Lunatic asylums Central Provinces reports 1910-1926 - 1910-1926
Year: 1910
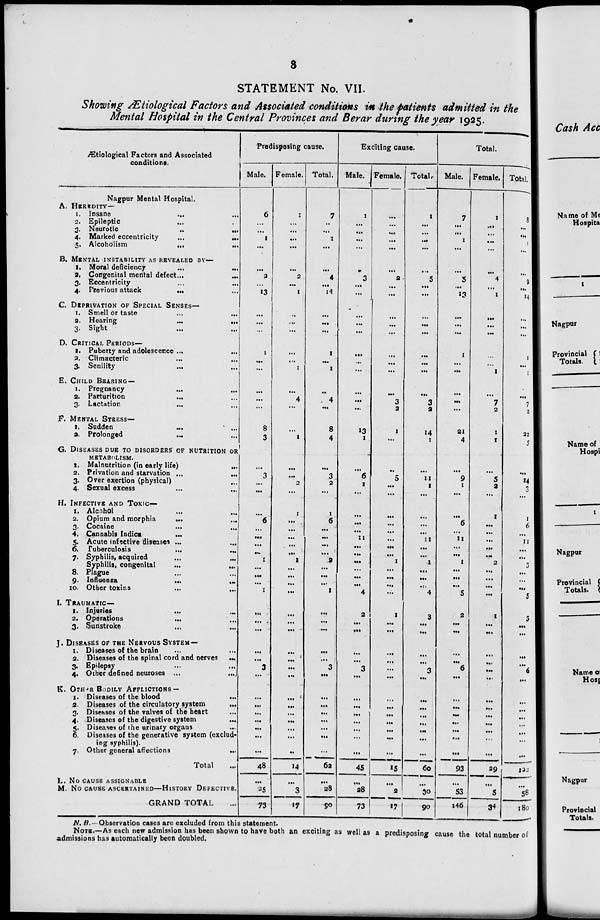
8
STATEMENT No. VII.
Showing Ætiological Factors and Associated conditions in the patients admitted in the
Mental Hospital in the Central Provinces and Berar during the year 1925.
Ætiological Factors and Associated
conditions.
Nagpur Mental Hospital.
A. HEREDITY—
1. Insane
... ...
2. Epileptic ... ...
3. Neurotic ... ...
4. Marked eccentricity ... ...
5. Alcoholism
...
...
B. MENTAL INSTABILITY AS REVEALED BY—
1. Moral deficiency
...
...
2. Congenital mental defect ...
...
3. Eccentricity ... ...
4. Previous attack
...
...
C. DEPRIVATION OF SPECIAL SENSES—
1. Smell or taste ... ...
2. Hearing ... ...
3. Sight ... ...
D. CRITICAL PERIODS—
1. Puberty and adolescence ... ...
2. Climacteric ... ...
3. Senility ... ...
E. CHILD BEARING—
1. Pregnancy ... ...
2. Parturition
... ...
3. Lactation ... ...
F. MENTAL STRESS—
1. Sudden
... ...
2. Prolonged ... ...
G. DISEASES DUE TO DISORDERS OF NUTRITION OR
METABOLISM.
1. Malnutrition (in early life)
...
2. Privation and starvation ...
...
3. Over exertion (physical) ...
4. Sexual excess ... ...
H. INFECTIVE AND TOXIC—
1. Alcohol ... ...
2. Opium and morphia
...
...
3. Cocaine ... ...
4. Cannabis Indica ... ...
5. Acute infective diseases ...
...
6. Tuberculosis
...
...
7. Syphilis, acquired ... ...
Syphilis, congenital
...
...
8. Plague ... ...
9. Influenza
...
...
10. Other toxins ... ...
I. TRAUMATIC—
1. Injuries ... ...
2. Operations ... ...
3. Sunstroke ... ...
J. DISEASES OF THE NERVOUS SYSTEM—
1. Diseases of the brain ... ...
2. Diseases of the spinal cord and nerves
...
3. Epilepsy ... ...
4. Other defined neuroses ... ...
K. OTHER BODILY AFFLICATIONS—
1. Diseases of the blood
...
2. Diseases of the circulatory system
...
3. Diseases of the valves of the heart ...
4. Diseases of the digestive system ...
5. Diseases of the urinary organs ...
6. Diseases of the generative system (exclud-
ing syphilis).
7. Other general affections ...
Total ...
I. No CAUSE ASSIGNABLE
M. No CAUSE ASCERTAINED—HISTORY DEFECTIVE.
GRAND TOTAL ...
Predisposing cause.
Male.
6
...
...
1
...
...
2
...
13
...
...
...
1
...
...
...
...
...
8
3
...
3
...
...
...
6
...
...
...
...
1
...
...
...
1
...
...
...
...
...
3
...
...
...
...
...
...
...
...
48
...
25
73
Female.
1
...
...
...
...
...
2
...
1
...
...
...
...
...
1
...
4
...
...
1
...
...
2
...
1
...
...
...
...
...
1
...
...
...
...
...
...
...
...
...
...
...
...
...
...
...
...
...
...
14
...
3
17
Total.
7
...
...
1
...
...
4
...
14
...
...
...
1
...
1
...
4
...
8
4
...
3
2
...
1
6
...
...
...
...
2
...
...
...
1
...
...
...
...
...
3
...
...
...
...
...
...
...
...
62
...
28
90
Exciting cause.
Male.
1
...
...
...
...
...
3
...
...
...
...
...
...
...
...
...
...
...
13
1
...
6
1
...
...
...
...
11
...
...
...
...
...
...
4
2
...
...
...
...
3
...
...
...
...
...
...
...
...
45
...
28
73
Female.
...
...
...
...
...
...
2
...
...
...
...
...
...
...
...
...
3
2
1
...
...
5
...
...
...
...
...
...
...
...
1
...
...
...
...
1
...
...
...
...
...
...
...
...
...
...
...
...
...
15
...
2
17
Total.
1
...
...
...
...
...
5
...
...
...
...
...
...
...
...
...
3
2
14
1
...
11
1
...
...
...
...
11
...
...
1
...
...
...
4
3
...
...
...
...
3
...
...
...
...
...
...
...
...
60
...
30
90
Total.
Male.
7
...
...
1
...
...
5
...
13
...
...
...
1
...
...
...
...
...
21
4
...
9
1
...
...
6
...
11
...
...
1
...
...
...
5
2
...
...
...
...
6
...
...
...
...
...
...
...
...
93
...
53
146
Female.
1
...
...
...
...
...
4
...
1
...
...
...
...
...
1
...
7
2
1
1
...
5
2
...
1
...
...
...
...
...
2
...
...
...
...
1
...
...
...
...
...
...
...
...
...
...
...
...
...
29
...
5
34
Total.
8
...
...
1
...
...
9
...
14
...
...
...
1
...
1
...
7
2
22
22
...
14
3
...
1
6
...
11
...
...
3
...
...
...
5
3 ...
...
...
...
6
...
...
...
...
...
...
...
...
132
...
58
180
N.B.—Observation cases are excluded from this statement.
NOTE.—As each new admission has been shown to have both an exciting as well as a predisposing cause the total number of
admissions has automatically been doubled.